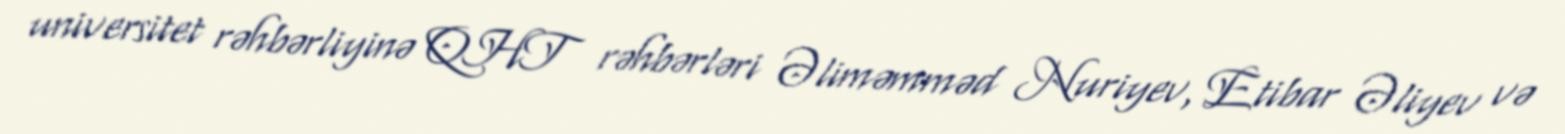
universitet rəhbərliyinə QHT rəhbərləri Əliməmməd Nuriyev, Etibar Əliyev və